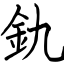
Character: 釚